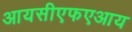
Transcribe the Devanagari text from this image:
आयसीएफएआय